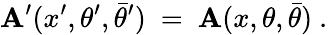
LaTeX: {\cal\mathbf{A}}^{\prime}(x^{\prime},\theta^{\prime},\bar{{\theta}}^{\prime})\ =\ {\cal\mathbf{A}}(x,\theta,\bar{{\theta}})\ .